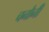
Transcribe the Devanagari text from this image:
चनौनी